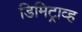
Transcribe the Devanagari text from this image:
डिमिट्राव्ह